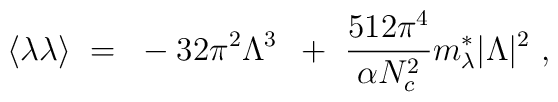
\langle \lambda \lambda \rangle ~=~ - 32 \pi^2 \Lambda^3 \, ~+~ \frac{512 \pi^4}{\alpha N^2_c} m_\lambda^* |\Lambda|^2~,